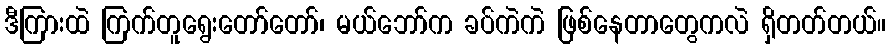
ဒီကြားထဲ ကြက်တူရွေးတော်တော်၊ မယ်ဘော်က ခပ်ကဲကဲ ဖြစ်နေတာတွေကလဲ ရှိတတ်တယ်။